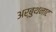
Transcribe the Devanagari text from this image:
अर्बुथनाट